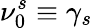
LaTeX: \nu_{0}^{s}\equiv\gamma_{s}